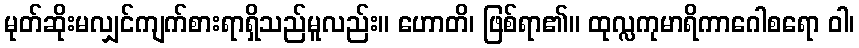
မုတ်ဆိုးမလျှင်ကျက်စားရာရှိသည်မူလည်း။ ဟောတိ၊ ဖြစ်ရာ၏။ ထုလ္လကုမာရိကာဂေါစရော ဝါ၊